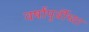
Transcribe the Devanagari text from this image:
वर्षांपुर्वीच्या